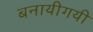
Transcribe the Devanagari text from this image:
बनायीगयी